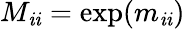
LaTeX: M_{\mathit{i}\mathit{i}}=\exp(m_{\mathit{i}\mathit{i}})